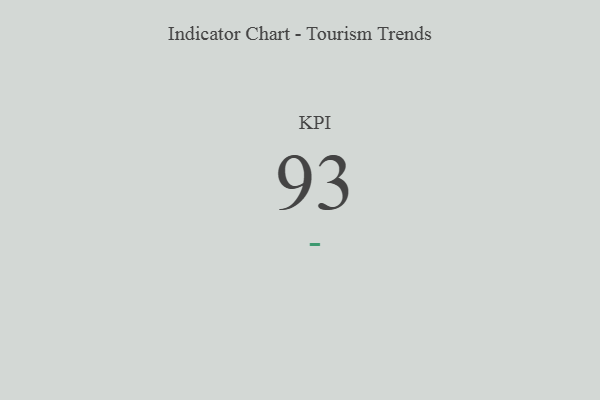
{"axis": {"x": "KPI", "y": "Value"}, "legend": [""], "data": [{"x": "KPI", "y": 93, "type": ""}]}